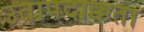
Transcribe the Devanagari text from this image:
उतापदाक्कता